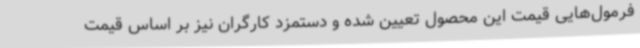
فرمول‌هایی قیمت این محصول تعیین شده و دستمزد کارگران نیز بر اساس قیمت